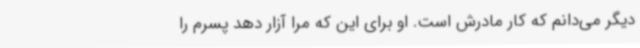
دیگر می‌دانم که کار مادرش است. او برای این که مرا آزار دهد پسرم را